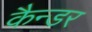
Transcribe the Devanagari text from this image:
कैन्डर